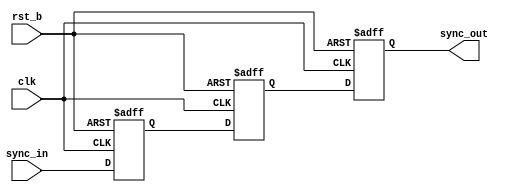
// This program was cloned from: https://github.com/T-head-Semi/openc906
// License: Apache License 2.0

/*Copyright 2020-2021 T-Head Semiconductor Co., Ltd.

Licensed under the Apache License, Version 2.0 (the "License");
you may not use this file except in compliance with the License.
You may obtain a copy of the License at

    http://www.apache.org/licenses/LICENSE-2.0

Unless required by applicable law or agreed to in writing, software
distributed under the License is distributed on an "AS IS" BASIS,
WITHOUT WARRANTIES OR CONDITIONS OF ANY KIND, either express or implied.
See the License for the specific language governing permissions and
limitations under the License.
*/

module sync_level2level(
  clk,
  rst_b,
  sync_in,
  sync_out
);

parameter SIGNAL_WIDTH = 1;
parameter FLOP_NUM     = 3;

input          clk;
input          rst_b;
input   [SIGNAL_WIDTH-1:0]   sync_in;
output  [SIGNAL_WIDTH-1:0]   sync_out;

reg     [SIGNAL_WIDTH-1:0]  sync_ff[FLOP_NUM-1:0];

wire           clk;
wire           rst_b;
wire    [SIGNAL_WIDTH-1:0]   sync_in;
wire    [SIGNAL_WIDTH-1:0]   sync_out;


genvar i;

always @ (posedge clk or negedge rst_b)
begin
  if (!rst_b)
    sync_ff[0][SIGNAL_WIDTH-1:0] <= {SIGNAL_WIDTH{1'b0}};
  else
    sync_ff[0][SIGNAL_WIDTH-1:0] <= sync_in[SIGNAL_WIDTH-1:0];
end


generate
for (i = 1; i < FLOP_NUM; i = i+1)
begin: FLOP_GEN
  always @ (posedge clk or negedge rst_b)
  begin
    if (!rst_b)
      sync_ff[i][SIGNAL_WIDTH-1:0] <= {SIGNAL_WIDTH{1'b0}};
    else
      sync_ff[i][SIGNAL_WIDTH-1:0] <= sync_ff[i-1][SIGNAL_WIDTH-1:0];
  end
end
endgenerate

assign sync_out[SIGNAL_WIDTH-1:0] = sync_ff[FLOP_NUM-1][SIGNAL_WIDTH-1:0];


endmodule